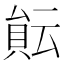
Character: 𧶀